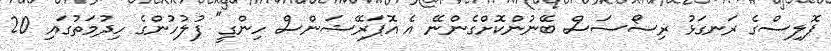
ޕޮލިސްގެ ރަނގަޅު ރިސޯސަސް ބޭނުންކޮށްގެންނޭ އެ އޮޕަރޭޝަންސް ހިންގީ" ފުލުހުންގެ ހިދުމަތުގައި 20